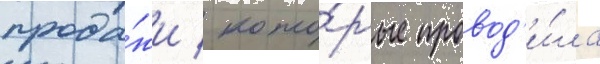
прода́жи / кото́рые провод'и́ла